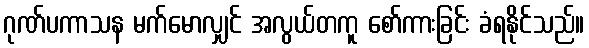
ဂုဏ်ပကာသန မက်မောလျှင် အလွယ်တကူ စော်ကားခြင်း ခံရနိုင်သည်။